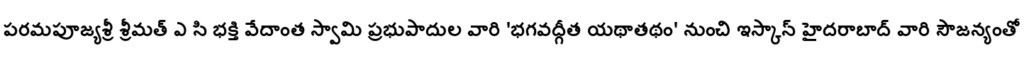
పరమపూజ్యశ్రీ శ్రీమత్ ఎ సి భక్తి వేదాంత స్వామి ప్రభుపాదుల వారి 'భగవద్గీత యథాతథం' నుంచి ఇస్కాన్ హైదరాబాద్ వారి సౌజన్యంతో